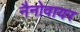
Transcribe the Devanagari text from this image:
नैनोवायर